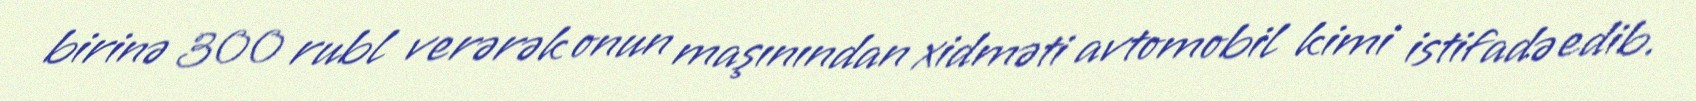
birinə 300 rubl verərək onun maşınından xidməti avtomobil kimi istifadə edib.